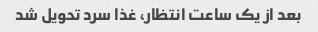
بعد از یک ساعت انتظار، غذا سرد تحویل شد